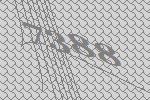
7388